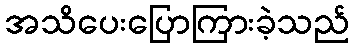
အသိပေးပြောကြားခဲ့သည်